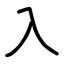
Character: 入